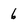
Character: 6